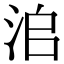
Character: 𣳨